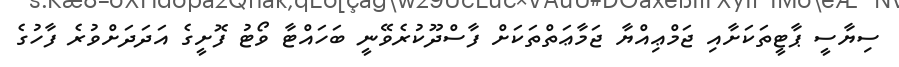
ސިޔާސީ ޕާޓީތަކަށާއި ޖަމްޢިއްޔާ ޖަމާޢަތްތަކަށް ފާސްދޫކުރެވޭނީ ބަހައްޓާ ވޯޓު ފޮށީގެ އަދަދަށްވުރެ ފާހުގެ